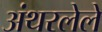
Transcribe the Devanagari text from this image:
अंथरलेले